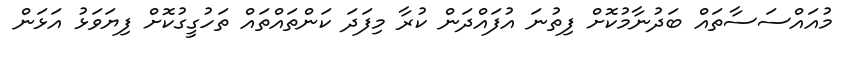
މުއައްސަސާތައް ބަދުނާމުކޮށް ފިތުނަ އުފައްދަން ކުރާ މިފަދަ ކަންތައްތައް ތަހުގީގުކޮށް ފިޔަވަޅު އަޅަން